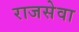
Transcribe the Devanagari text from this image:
राजसेवा